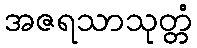
အဇရသာသုတ္တံ